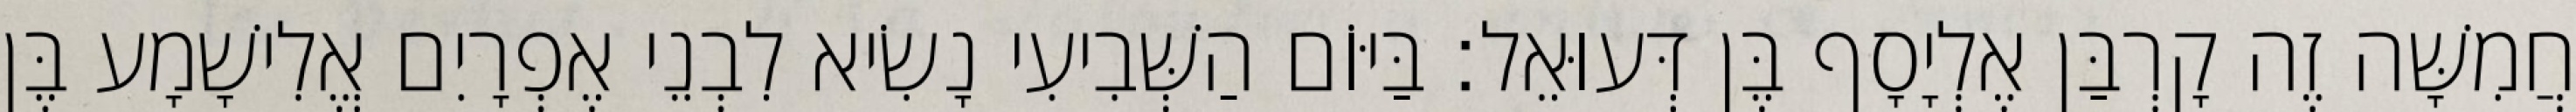
חֲמִשָּׁה זֶה קָרְבַּן אֶלְיָסָף בֶּן דְּעוּאֵל׃ בַּיּוֹם הַשְּׁבִיעִי נָשִׂיא לִבְנֵי אֶפְרָיִם אֱלִישָׁמָע בֶּן